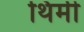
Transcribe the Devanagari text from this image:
थिमी